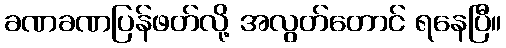
ခဏခဏပြန်ဖတ်လို့ အလွတ်တောင် ရနေပြီ။